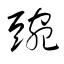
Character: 豌